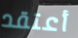
أعتقد